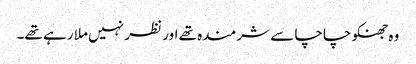
وہ جھنکو چاچا سے شرمندہ تھے اور نظر نہیں ملا رہے تھے۔